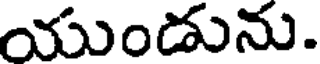
యుండును.